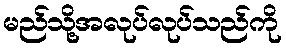
မည်သို့အလုပ်လုပ်သည်ကို